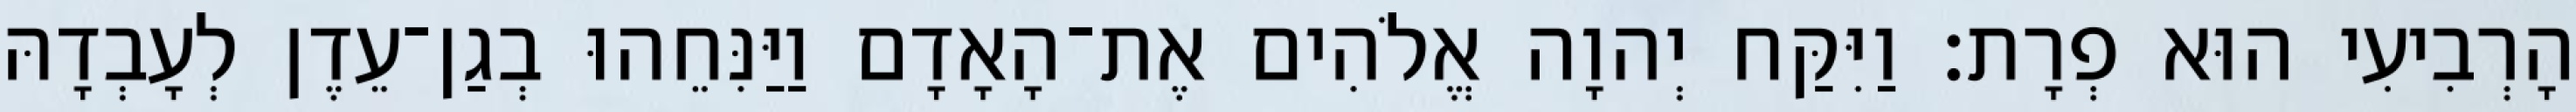
הָרְבִיעִי הוּא פְרָת׃ וַיִּקַּח יְהוָה אֱלֹהִים אֶת־הָאָדָם וַיַּנִּחֵהוּ בְגַן־עֵדֶן לְעָבְדָהּ